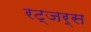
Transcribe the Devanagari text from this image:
रट्जर्स